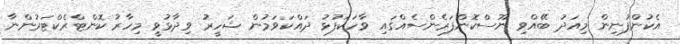
އެކުންފުނިން މިއަދު ބޭއްވި ނޫސްކޮންފަރެންސެއްގައި ވާހަކަފުޅު ދައްކަވަމުން ޝަހީރު ވިދާޅުވީ މިހާރު ކޮންޓްރެކްޓަރުންނާ